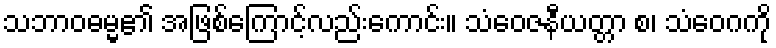
သဘာဝဓမ္မ၏ အဖြစ်ကြောင့်လည်းကောင်း။ သံဝေဇနီယတ္တာ စ၊ သံဝေဂကို